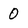
Character: 0